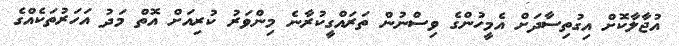
އުޖާލާކޮށް އިގުތިސާދަށް އެމީހުންގެ ވިސްނުން ތަރައްގީކުރާނެ މިންވަރު ކުރިއަށް އޮތް މަދު އަހަރުތަކެއްގެ